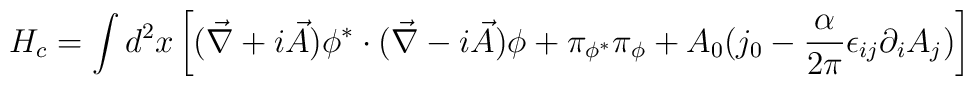
H_c = \int d^2x  \left [({\vec \nabla} + i{\vec A})\phi^* \cdot ({\vec \nabla} - i{\vec A})\phi + \pi_{\phi^*}\pi_{\phi} + A_0(j_0 - \frac{\alpha}{2\pi}\epsilon_{ij}\partial_iA_j)\right ]